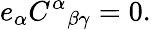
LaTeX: e_{\alpha}C^{\alpha}{}_{\beta\gamma}=0.